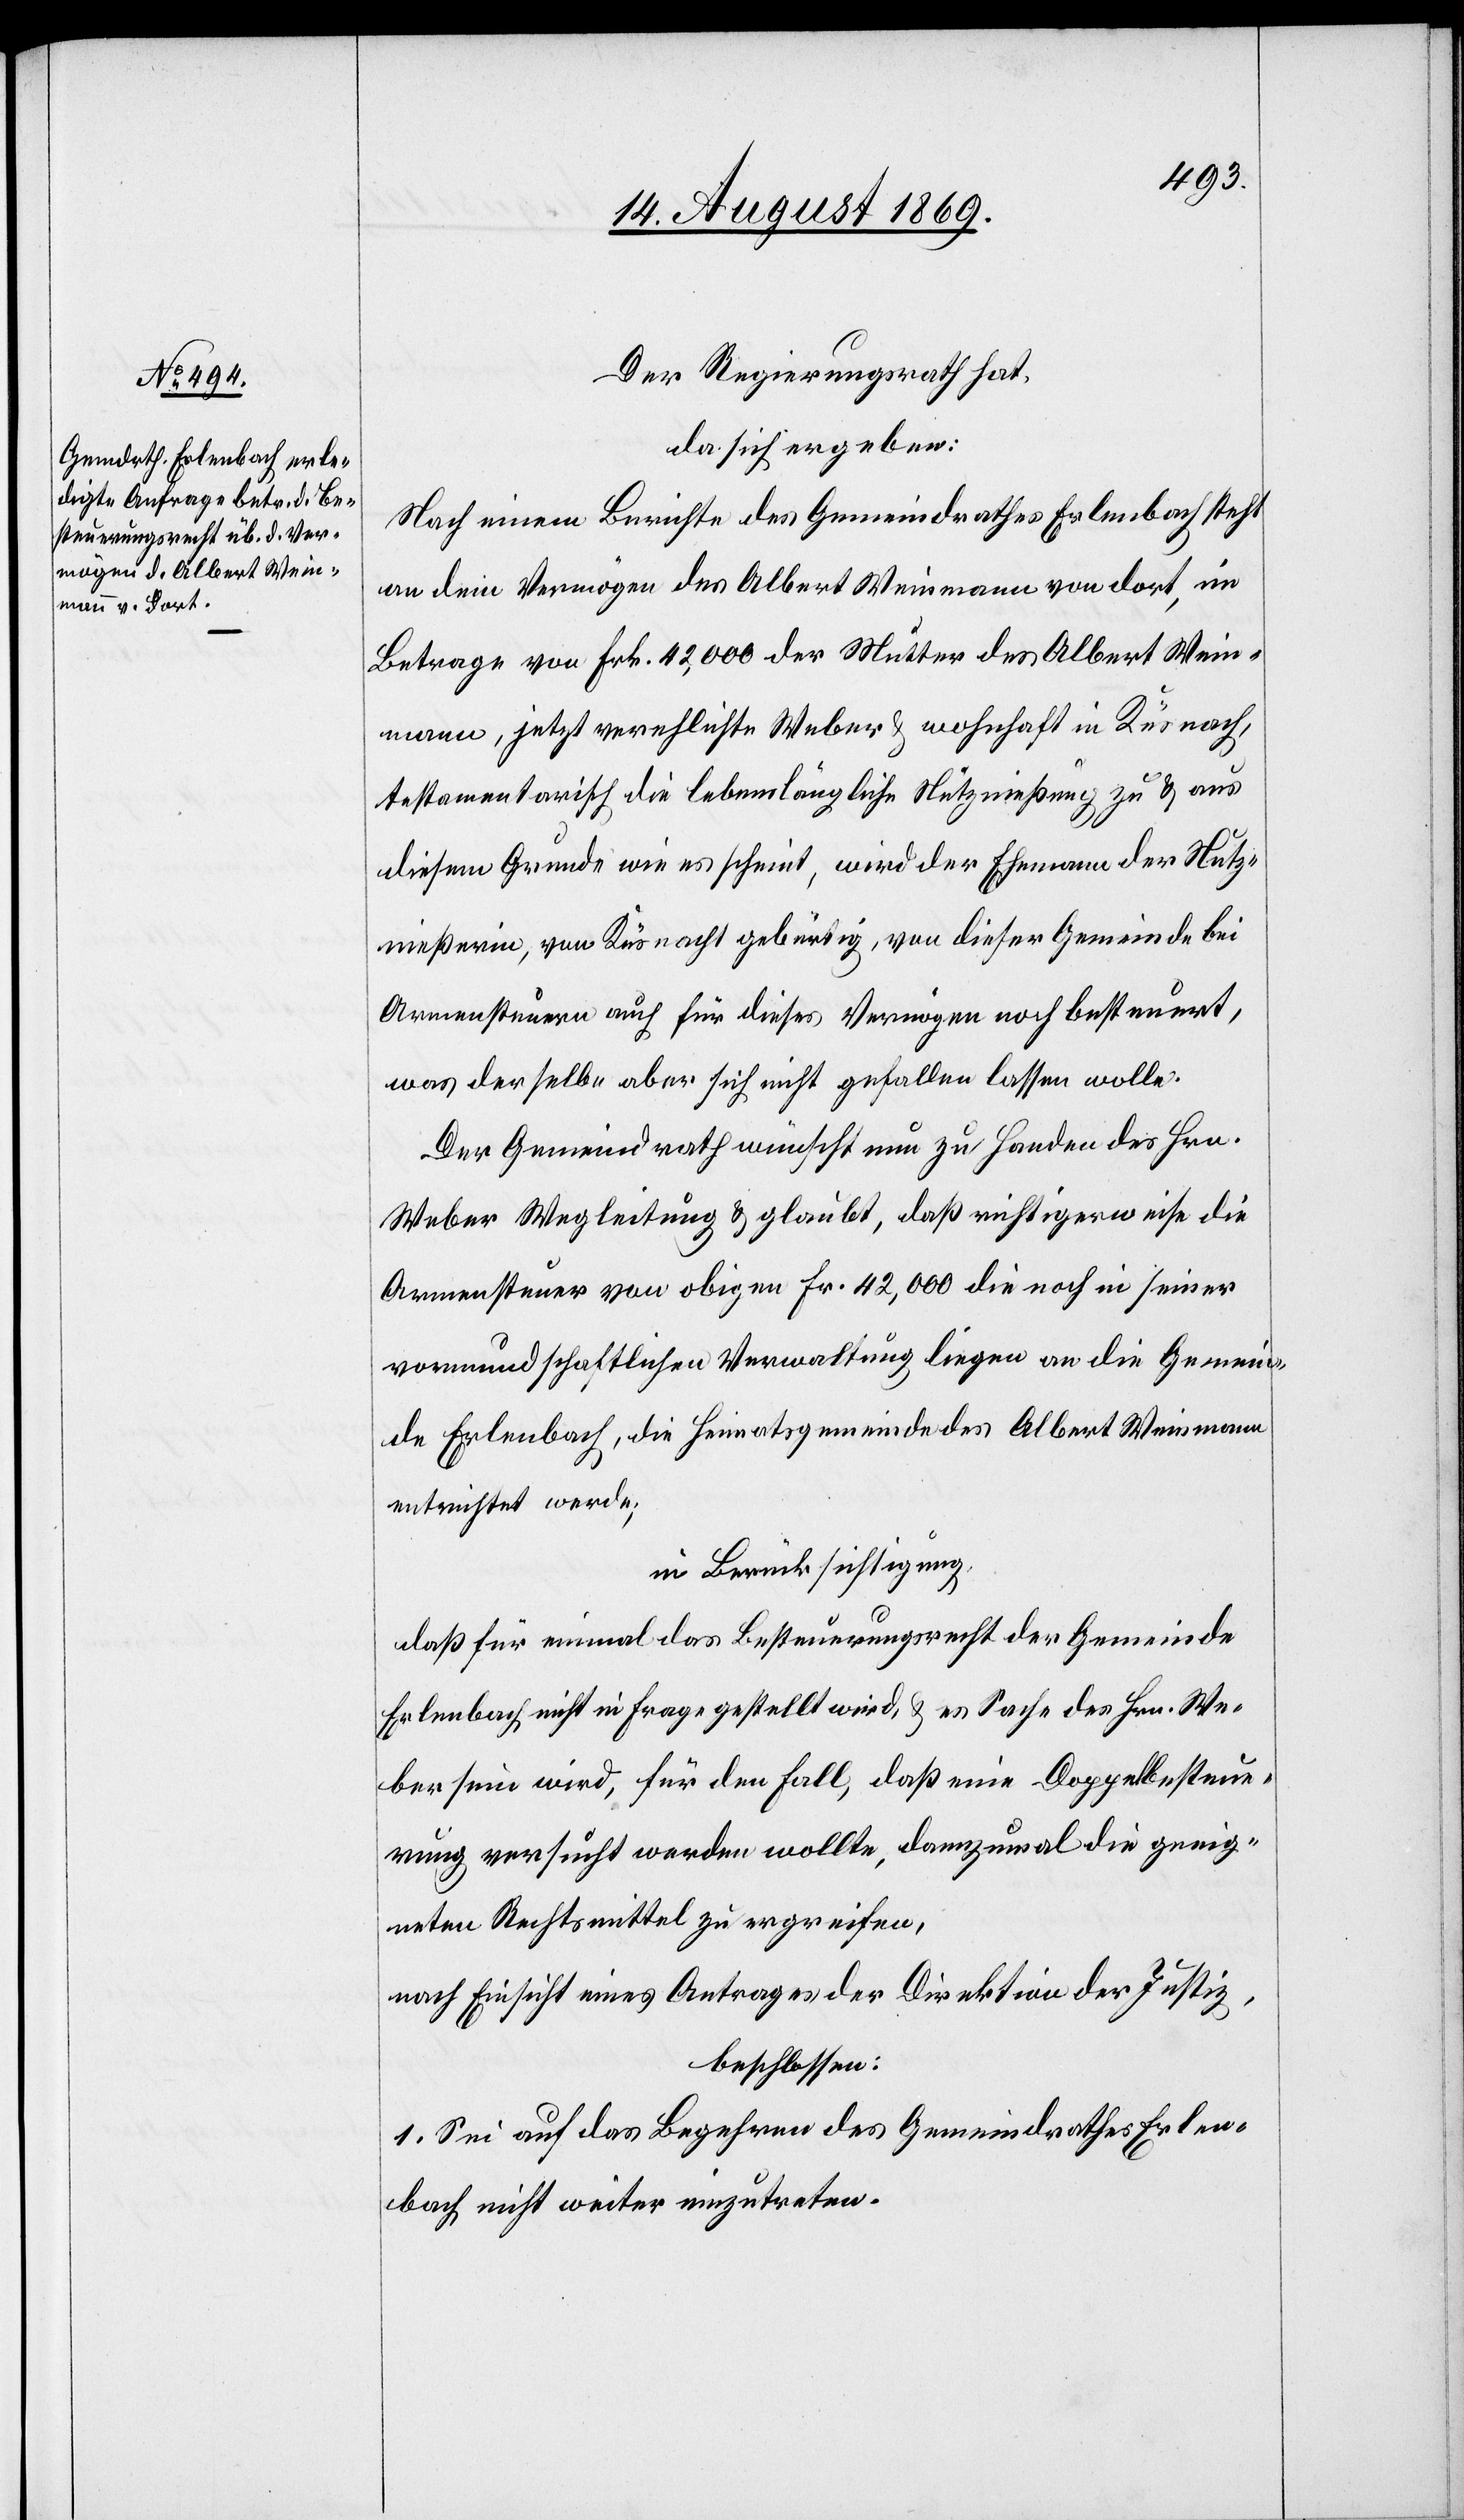
Der Regierungsrath hat,
da sich ergeben:
Nach einem Berichte des Gemeindrathes Erlenbach steht
an dem Vermögen des Albert Weinmann von dort, im
Betrage von Frk. 42,000 der Mutter des Albert Wein¬
mann, jetzt verehlichte Weber & wohnhaft in Küsnach[t],
testamentarisch die lebenslängliche Nutznießung zu & aus
diesem Grunde wie es scheint, wird der Ehemann der Nutz¬
nießerin, von Küsnacht gebürtig, von dieser Gemeinde bei
Armensteuern auch für dieses Vermögen noch besteuert,
was derselbe aber sich nicht gefallen lassen wolle.
Der Gemeindrath wünscht nun zu Handen des Hrn.
Weber Wegleitung & glaubt, daß richtigerweise die
Armensteuer von obigen Fr. 42,000 die noch in seiner
vormundschaftlichen Verwaltung liegen an die Gemein¬
de Erlenbach, die Heimatsgemeinde des Albert Weinmann
entrichtet werde;
in Berücksichtigung,
daß für einmal das Besteuerungsrecht der Gemeinde
Erlenbach nicht in Frage gestellt wird, & es Sache des Hrn. We¬
ber sein wird, für den Fall, daß eine Doppelsteue¬
rung versucht werden wollte, dannzumal die geeig¬
neten Rechtsmittel zu ergreifen,n¬
ach Einsicht eines Antrages der Direktion der Justiz,
beschlossen:
1. Sei auf das Begehren des Gemeindrathes Erlen¬
bach nicht weiter einzutreten.